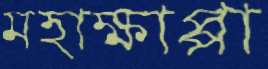
মহাক্ষাপ্পা